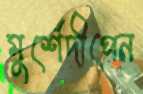
মুর্শেদীপেন